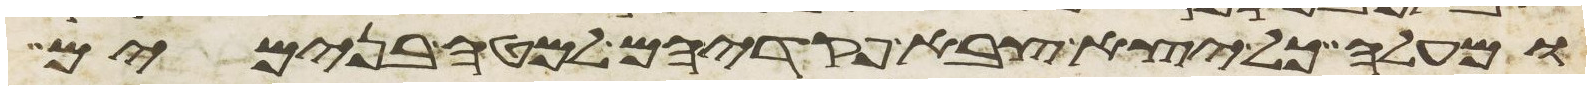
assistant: ומעלה כל יצא צבא פקדיהם למטה בנימים